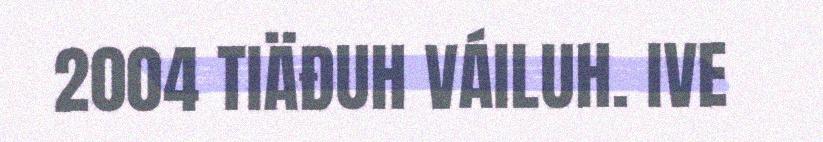
2004 TIÄĐUH VÁILUH. IVE